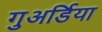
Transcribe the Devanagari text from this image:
गुअर्डिया